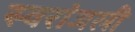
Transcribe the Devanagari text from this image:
स्वरांजली